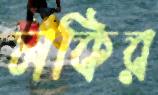
লকির